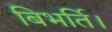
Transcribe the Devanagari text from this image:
बिभर्ति।